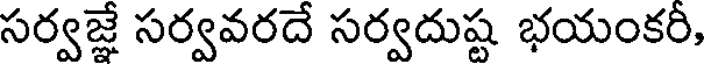
సర్వజ్ఞే సర్వవరదే సర్వదుష్ట భయంకరీ,